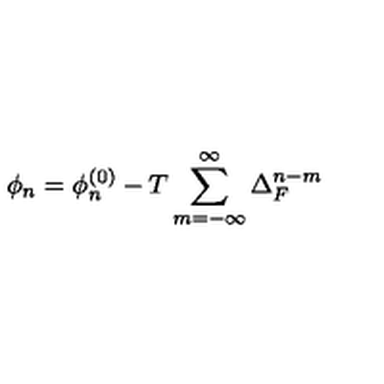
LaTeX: \phi _ { n } = \phi _ { n } ^ { \left( 0 \right) } - T \sum _ { m = - \infty } ^ { \infty } \Delta _ { F } ^ { n - m }